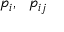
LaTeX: p _ { i } , \ \ p _ { i j }